Report on malaria in the Punjab during the year ...  together with an account of the work of the Punjab Malaria Bureau - Volume 4
Disease focus: Malaria
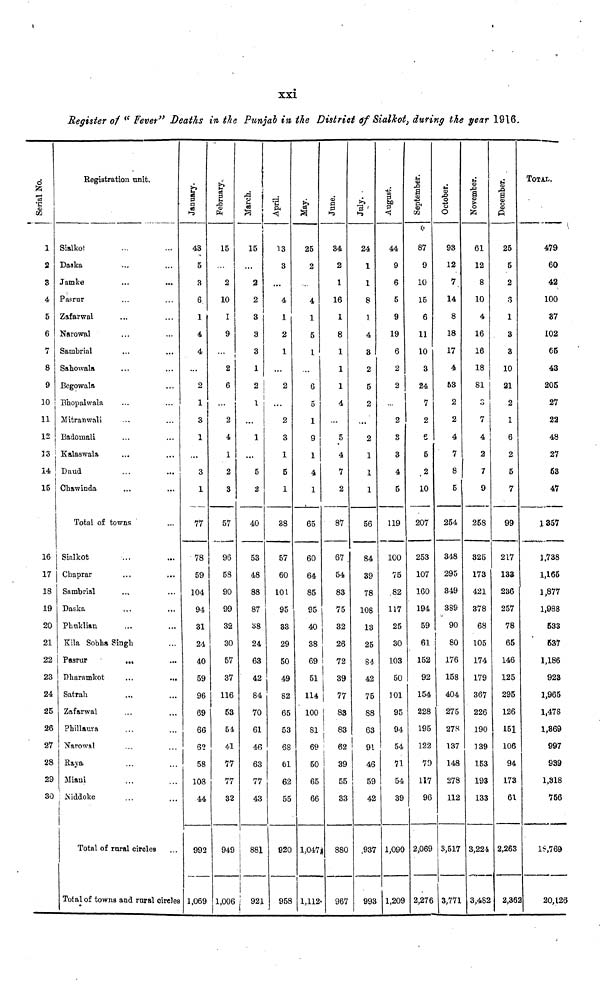
xxi
Register of "Fever" Deaths in the Punjab in the District of Sialkot, during the pear 1916.
Serial No.
1
2
3
4
5
6
7
8
9
10
11
12
13
14
15
16
17
18
19
20
21
22
23
24
25
26
27
28
29
30
Registration unit.
Sialkot
Daska
Jamke
Pasrur
Zafarwal
Narowal
Sambrial
Sahowala
Begowala
Bhopalwala
Mitranwali
Badomali
Kalaswala
Daud
Chawinda
Total of towns
Sialkot
Chaprar
Sambrial
Daska
Phuklian
Kila Sobha Singh
Pasrur
...
Dharamkot
Satrah
Zafarwal
Phillaura
Narowal
Raya
Miani
Niddoke
Total of rural circles
I Total of towns and rural circles
January.
43
5
3
6
1
4
4
2
1
3
1
...
3
1
77
78
59
104
94
31
24
40
59
96
69
66
go
58
108
44
992
1,069
February.
15
2
10
I
9
...
2
6
2
4
1
2
3
57
96
58
90
99
32
30
57
37
116
53
54
41
77
77
32
949
1,006
March.
15
2
2
3
3
3
1
2
1
...
...
5
2
40
53
48
88
87
88
24
63
42
84
70
61
46
63
77
43
¡ 881
¡ 921
April.
13
3
...
4
1
2
1
2
2
3
1
5
1
38
57
60
101
95
33
29
50
49
82
65
53
68
61
62
55
920
958
May.
25
2
4
1
5
1
6
5
1
9
1
4
1
65
60
64
85
95
40
38
69
51
114
100
81
69
50
65
66
1,047
1,112
June.
34
2
1
16
1
8
1
1
1
4
...
5
4
7
2
87
67.
54
83
75
32
26
72
39
77
83
83
62
39
55
33
| 880
967
July. .
24
1
1
8
]
4
3
2
5
2
...
2
1
1
1
56
84
39
78
108
13
25
84
42
75
88
63
91
46
59
42
.937
993
August.
44
9
6
5
9
19
6
2
2
2
S
3
4
5
119
100
75
82
117
25
30
103
50
101
95
94
! 54
71
54
39
1,090
1,209
September.
87
9
10
15
6
11
10
3
24
7
2
6
5
2
10
207
253
107
160
194
59
61
152
92
154
228
195
122
79
117
96
| 2,069
2,276
October.
93
12
7.
14
8
18
17
4
53
2
2
4
7
8
5
254
348
295
349
389
90
80
176
158
404
275
278
137
148
278
112
3,517
3,771
November.
61
12
8
10
4
16
16
18
81
3
7
4
2
7
9
258
325
173
421
378
68
105
174
179
367
226
190
139
153
193
133
3,224
3,482
December.
25
5
2
1
3
3
10
21
2
1
6
2
5
7
99
217
133
236
257
78
65
146
125
295
126
151
106
94
173
61
2,263
2,363
TOTAL.
479
60
42
100
37
102
65
43
205
27
22
48
27
63
47
1357
1,738
1,165
1,877
1,988
533
637
1,186
923
1,965
1,478
1,869
997
939
1,318
756
18,769
20,126